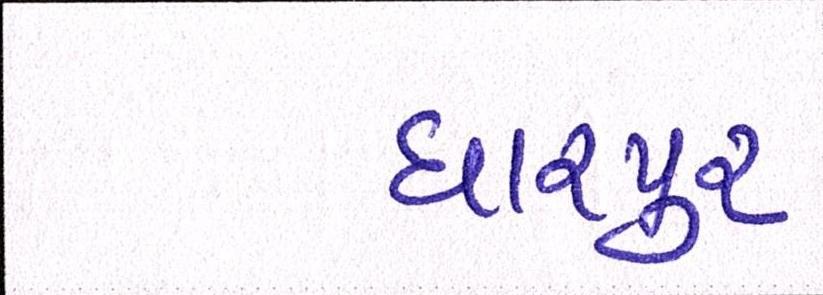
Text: ધારપુર